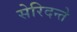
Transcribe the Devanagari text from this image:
सेरिदन्ते